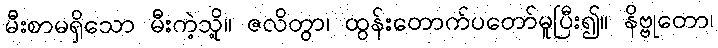
မီးစာမရှိသော မီးကဲ့သို့။ ဇလိတွာ၊ ထွန်းတောက်ပတော်မူပြီး၍။ နိဗ္ဗုတော၊